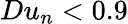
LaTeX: Du_{n}<0.9